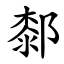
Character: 䣛